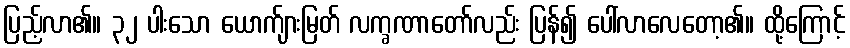
ပြည့်လာ၏။ ၃၂ ပါးသော ယောက်ျားမြတ် လက္ခဏာတော်လည်း ပြန်၍ ပေါ်လာလေတော့၏။ ထို့ကြောင့်